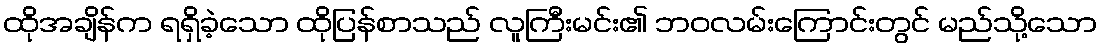
ထိုအချိန်က ရရှိခဲ့သော ထိုပြန်စာသည် လူကြီးမင်း၏ ဘဝလမ်းကြောင်းတွင် မည်သို့သော